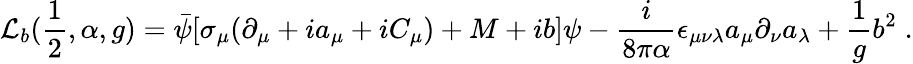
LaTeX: {\cal L}_{b}(\frac{1}{2},\alpha,g)=\bar{\psi}[\sigma_{\mu}(\partial_{\mu}+ia_{\mu}+iC_{\mu})+M+ib]\psi-\frac{i}{8\pi\alpha}\epsilon_{\mu\nu\lambda}a_{\mu}\partial_{\nu}a_{\lambda}+\frac{1}{g}b^{2}\; .